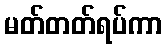
မတ်တတ်ရပ်ကာ